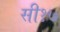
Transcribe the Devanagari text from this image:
सी१७